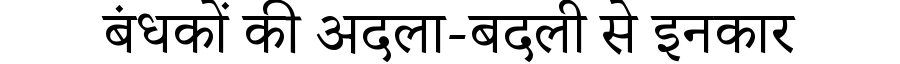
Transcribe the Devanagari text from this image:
बंधकों की अदला-बदली से इनकार